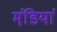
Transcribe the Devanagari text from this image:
मंडि़यां